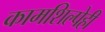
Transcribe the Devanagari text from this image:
कामशिल्पेही